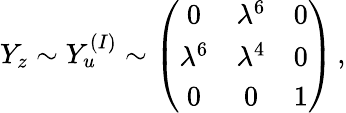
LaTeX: Y_{z}\sim Y_{u}^{(I)}\sim\left(\begin{array}{ccc}{{0}}&{{\lambda^{6}}}&{{0}}\\ {{\lambda^{6}}}&{{\lambda^{4}}}&{{0}}\\ {{0}}&{{0}}&{{1}}\end{array}\right)\, ,